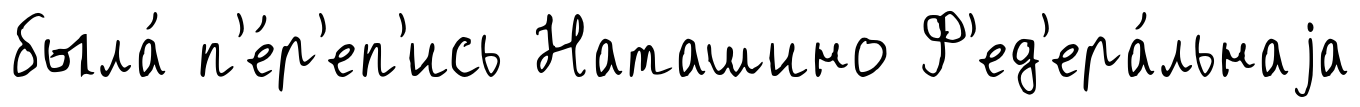
была́ п'е́р'еп'ись Наташино Ф'ед'ера́льнаjа